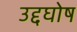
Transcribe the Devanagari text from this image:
उद्दघोष